Civil Veterinary Dept. Assam report 1911-1927 - 1911-1927
Year: 1911
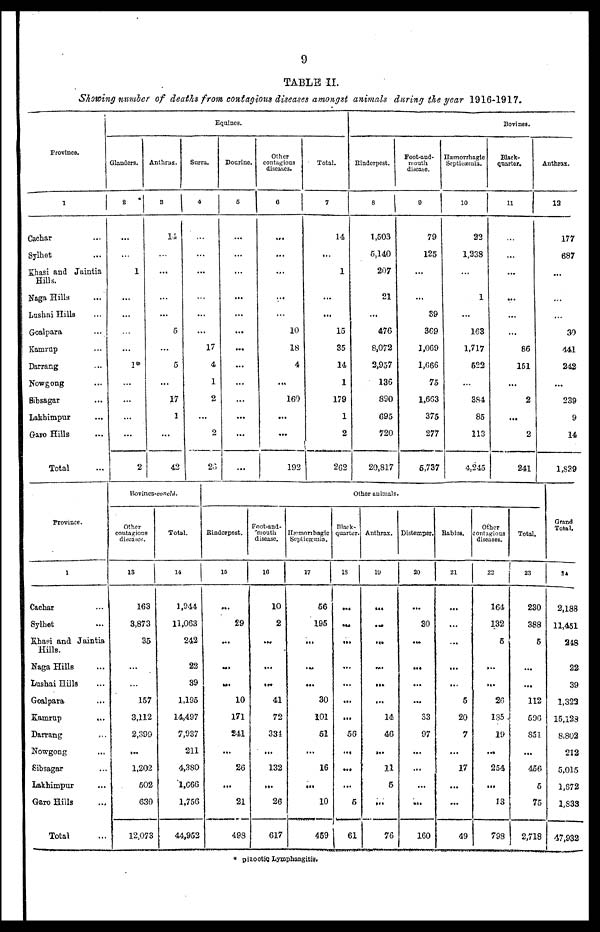
9
TABLE II.
Showing number of deaths from contagious diseases amongst animals during the year 1916-1917.
Province.
1
Cachar ...
Sylhet ...
Khasi and Jaintia
Hills.
Naga Hills ...
Lushai Hills ...
Goalpara ...
Kamrup ...
Darrang ...
Nowgong ...
Sibsagar ...
Lakhimpur ...
Garo Hills ...
Total
Equines.
Glanders.
2
1
...
...
...
1*
...
...
...
2
Anthrax.
3
14
...
...
5
5
...
17
1
...
42
Surra.
4
...
...
17
4
1
2
...
2
23
Dourine.
5
...
...
...
...
...
...
...
...
...
...
...
...
...
Other
contagious
diseases.
6
...
...
...
...
...
10
18
4
...
160
...
...
192
Total.
7
14
...
1
...
...
15
35
14
1
179
1
2
262
Bovines.
Rinderpest.
8
1,503
5,140
207
21
...
476
8,072
2,957
136
390
695
720
20,817
Foot-and-
mouth
disease.
9
79
125
...
...
39
3C9
1,069
1,G6G
75
1,663
375
277
6,737
Hæmorrhagic
Septicæmia.
10
22
1,238
1
...
163
1,717
622
...
384
85
113
4,245
Black-
quarter.
11
...
...
...
...
...
86
151
...
2
...
2
241
Anthrax.
12
177
687
...
...
30
441
242
...
239
9
14
1,839
1
Cachar ...
Sylhet ...
Khasi and Jaintia
Hills.
Naga Hills ...
Lushai Hills ...
Goalpara ...
Kamrup
...
Darrang ...
Nowgong ...
Sibsagar ...
Lakhimpur ...
Garo Hills ...
Total
Bovines-concld.
Other
coutagious
diseases.
13
163
3,873
35
...
...
157
3,112
2,399
...
1,202
502
630
12,073
Total.
14
1,944
11,063
242
22
39
1,195
14,497
7,937
211
4,380
1,666
1,756
44,952
Other animals.
Rinderpest.
15
...
29
...
...
...
10
171
241
...
26
...
21
498
Foot-and-
mouth
disease.
10
10
2
...
...
...
41
72
334
...
132
...
26
617
Hæmorrhagic
Septicæmia.
17
56
195
...
...
...
30
101
51
...
16
...
10
459
Black-
quarter.
18
...
...
...
...
...
...
...
56
...
...
...
6
61
Anthrax.
19
...
...
...
...
...
...
14
46
...
11
5
...
76
Distemper.
20
...
30
...
...
...
...
33
97
...
...
...
...
160
Babies.
21
...
...
...
...
5
20
7
...
17
...
...
49
Other
contagious
diseases.
22
164
132
5
...
...
26
185
19
...
254
...
13
798
Total.
23
230
388
6
...
...
112
596
851
...
456
5
75
2,718
Grand
Total.
24
2,188
11,451
248
22
39
1,323
15,128
8,802
212
5,015
1,672
1,833
47,932
* pizootic Lymphangitis.